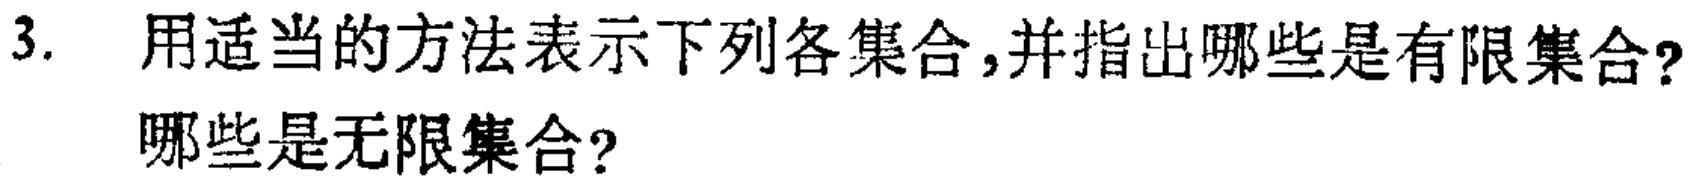
3. 用适当的方法表示下列各集合,并指出哪些是有限集合?哪些是无限集合?